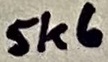
Text: 5K6